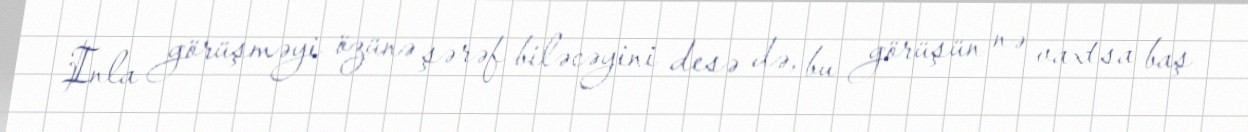
Inla görüşməyi özünə şərəf biləcəyini desə də, bu görüşün nə vaxtsa baş